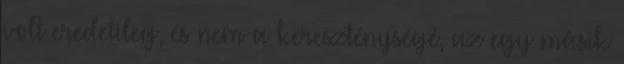
volt eredetileg, és nem a kereszténységé, az egy másik